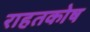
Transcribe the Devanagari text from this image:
राहतकोष